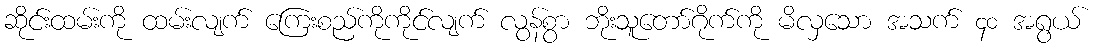
ဆိုင်းထမ်းကို ထမ်းလျက် ကြေးစည်ကိုကိုင်လျက် လွန်စွာ ဘိုးသူတော်ဂိုက်ကို မိလှသော အသက် ၄၀ အရွယ်